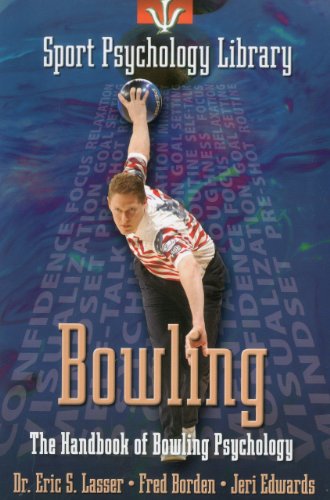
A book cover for Sport Psychology Library: Bowling: The Handbook of Bowling Psychology; Eric S. Lasser; Sports & Outdoors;